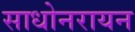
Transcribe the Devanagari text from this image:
साधोनरायन